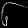
Digit: ၆